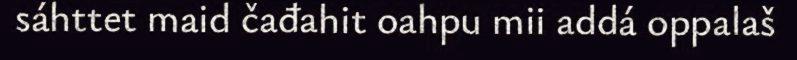
sáhttet maid čađahit oahpu mii addá oppalaš